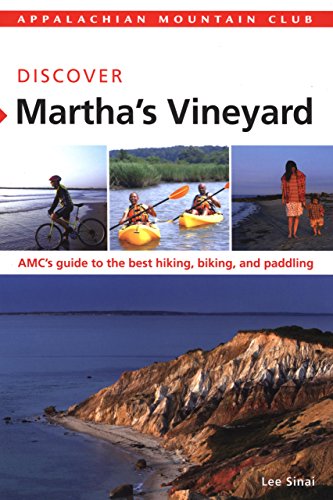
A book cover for AMC Discover Martha's Vineyard: AMC's Guide To The Best Hiking, Biking, And Paddling (Appalachian Mountain Club Discover); Lee Sinai; Travel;